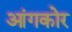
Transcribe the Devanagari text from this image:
आंगकोर